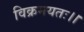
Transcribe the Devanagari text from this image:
विक्रमयतः।।